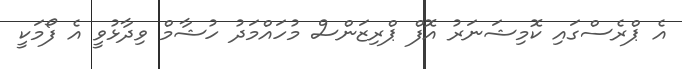
އެ ޕްރެސްގައި ކޮމިޝަނަރު އޮފް ޕްރިޒަންސް މުހައްމަދު ހުޝާމް ވިދާޅުވީ އެ ފޯމަކީ